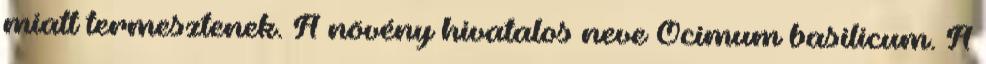
miatt termesztenek. A növény hivatalos neve Ocimum basilicum. A